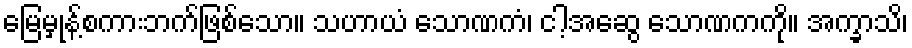
မြေမှုန့်စကားဘက်ဖြစ်သော။ သဟာယံ သောဏကံ၊ ငါ့အဆွေ သောဏကကို။ အက္ခာသိ၊